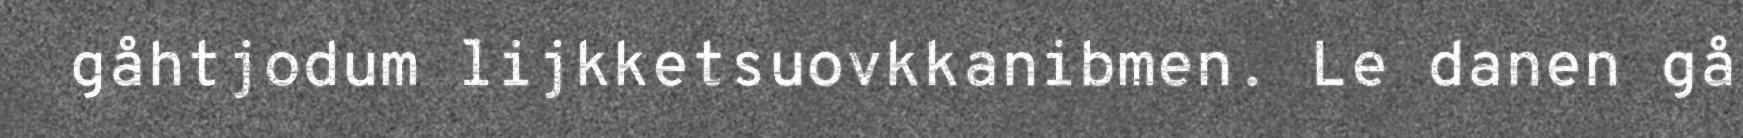
gåhtjodum lijkketsuovkkanibmen. Le danen gå